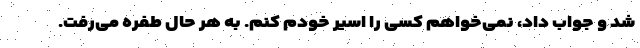
شد و جواب داد، نمی‌خواهم کسی را اسیر خودم کنم. به هر حال طفره می‌رفت.